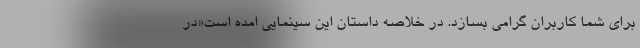
برای شما کاربران گرامی بسازد. در خلاصه داستان این سینمایی امده است«در